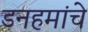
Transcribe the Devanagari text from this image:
डनहमांचे